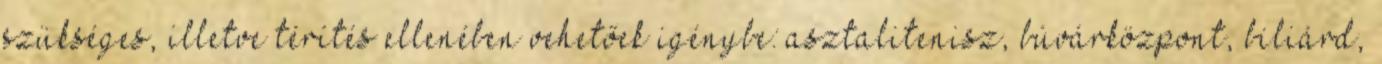
szükséges, illetve térítés ellenében vehetőek igénybe: asztalitenisz, búvárközpont, biliárd,